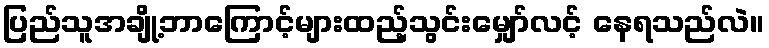
ပြည်သူအချို့ဘာကြောင့်များထည့်သွင်းမျှော်လင့် နေရသည်လဲ။